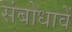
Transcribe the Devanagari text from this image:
संबोधावें